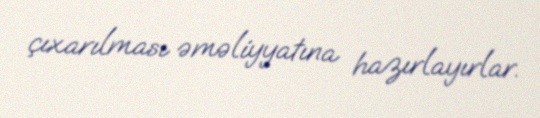
çıxarılması əməliyyatına hazırlayırlar.